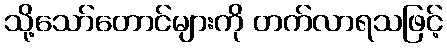
သို့သော်တောင်များကို တက်လာရသဖြင့်